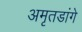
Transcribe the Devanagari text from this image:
अमृतडांगे